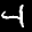
Label: 4